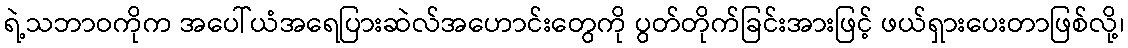
ရဲ့သဘာဝကိုက အပေါ်ယံအရေပြားဆဲလ်အဟောင်းတွေကို ပွတ်တိုက်ခြင်းအားဖြင့် ဖယ်ရှားပေးတာဖြစ်လို့၊